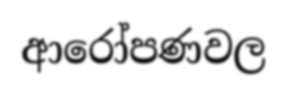
ආරෝපණවල